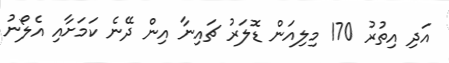
އަދި އިތުރު 170 މިލިއަން ޑޮލަރު ޗައިނާ އިން ދޭނެ ކަމަށާއި އެލޯނު